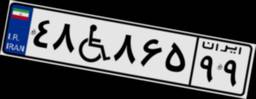
۴۸W۸۶۵۹۹